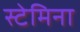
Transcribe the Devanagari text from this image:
स्टेमिना